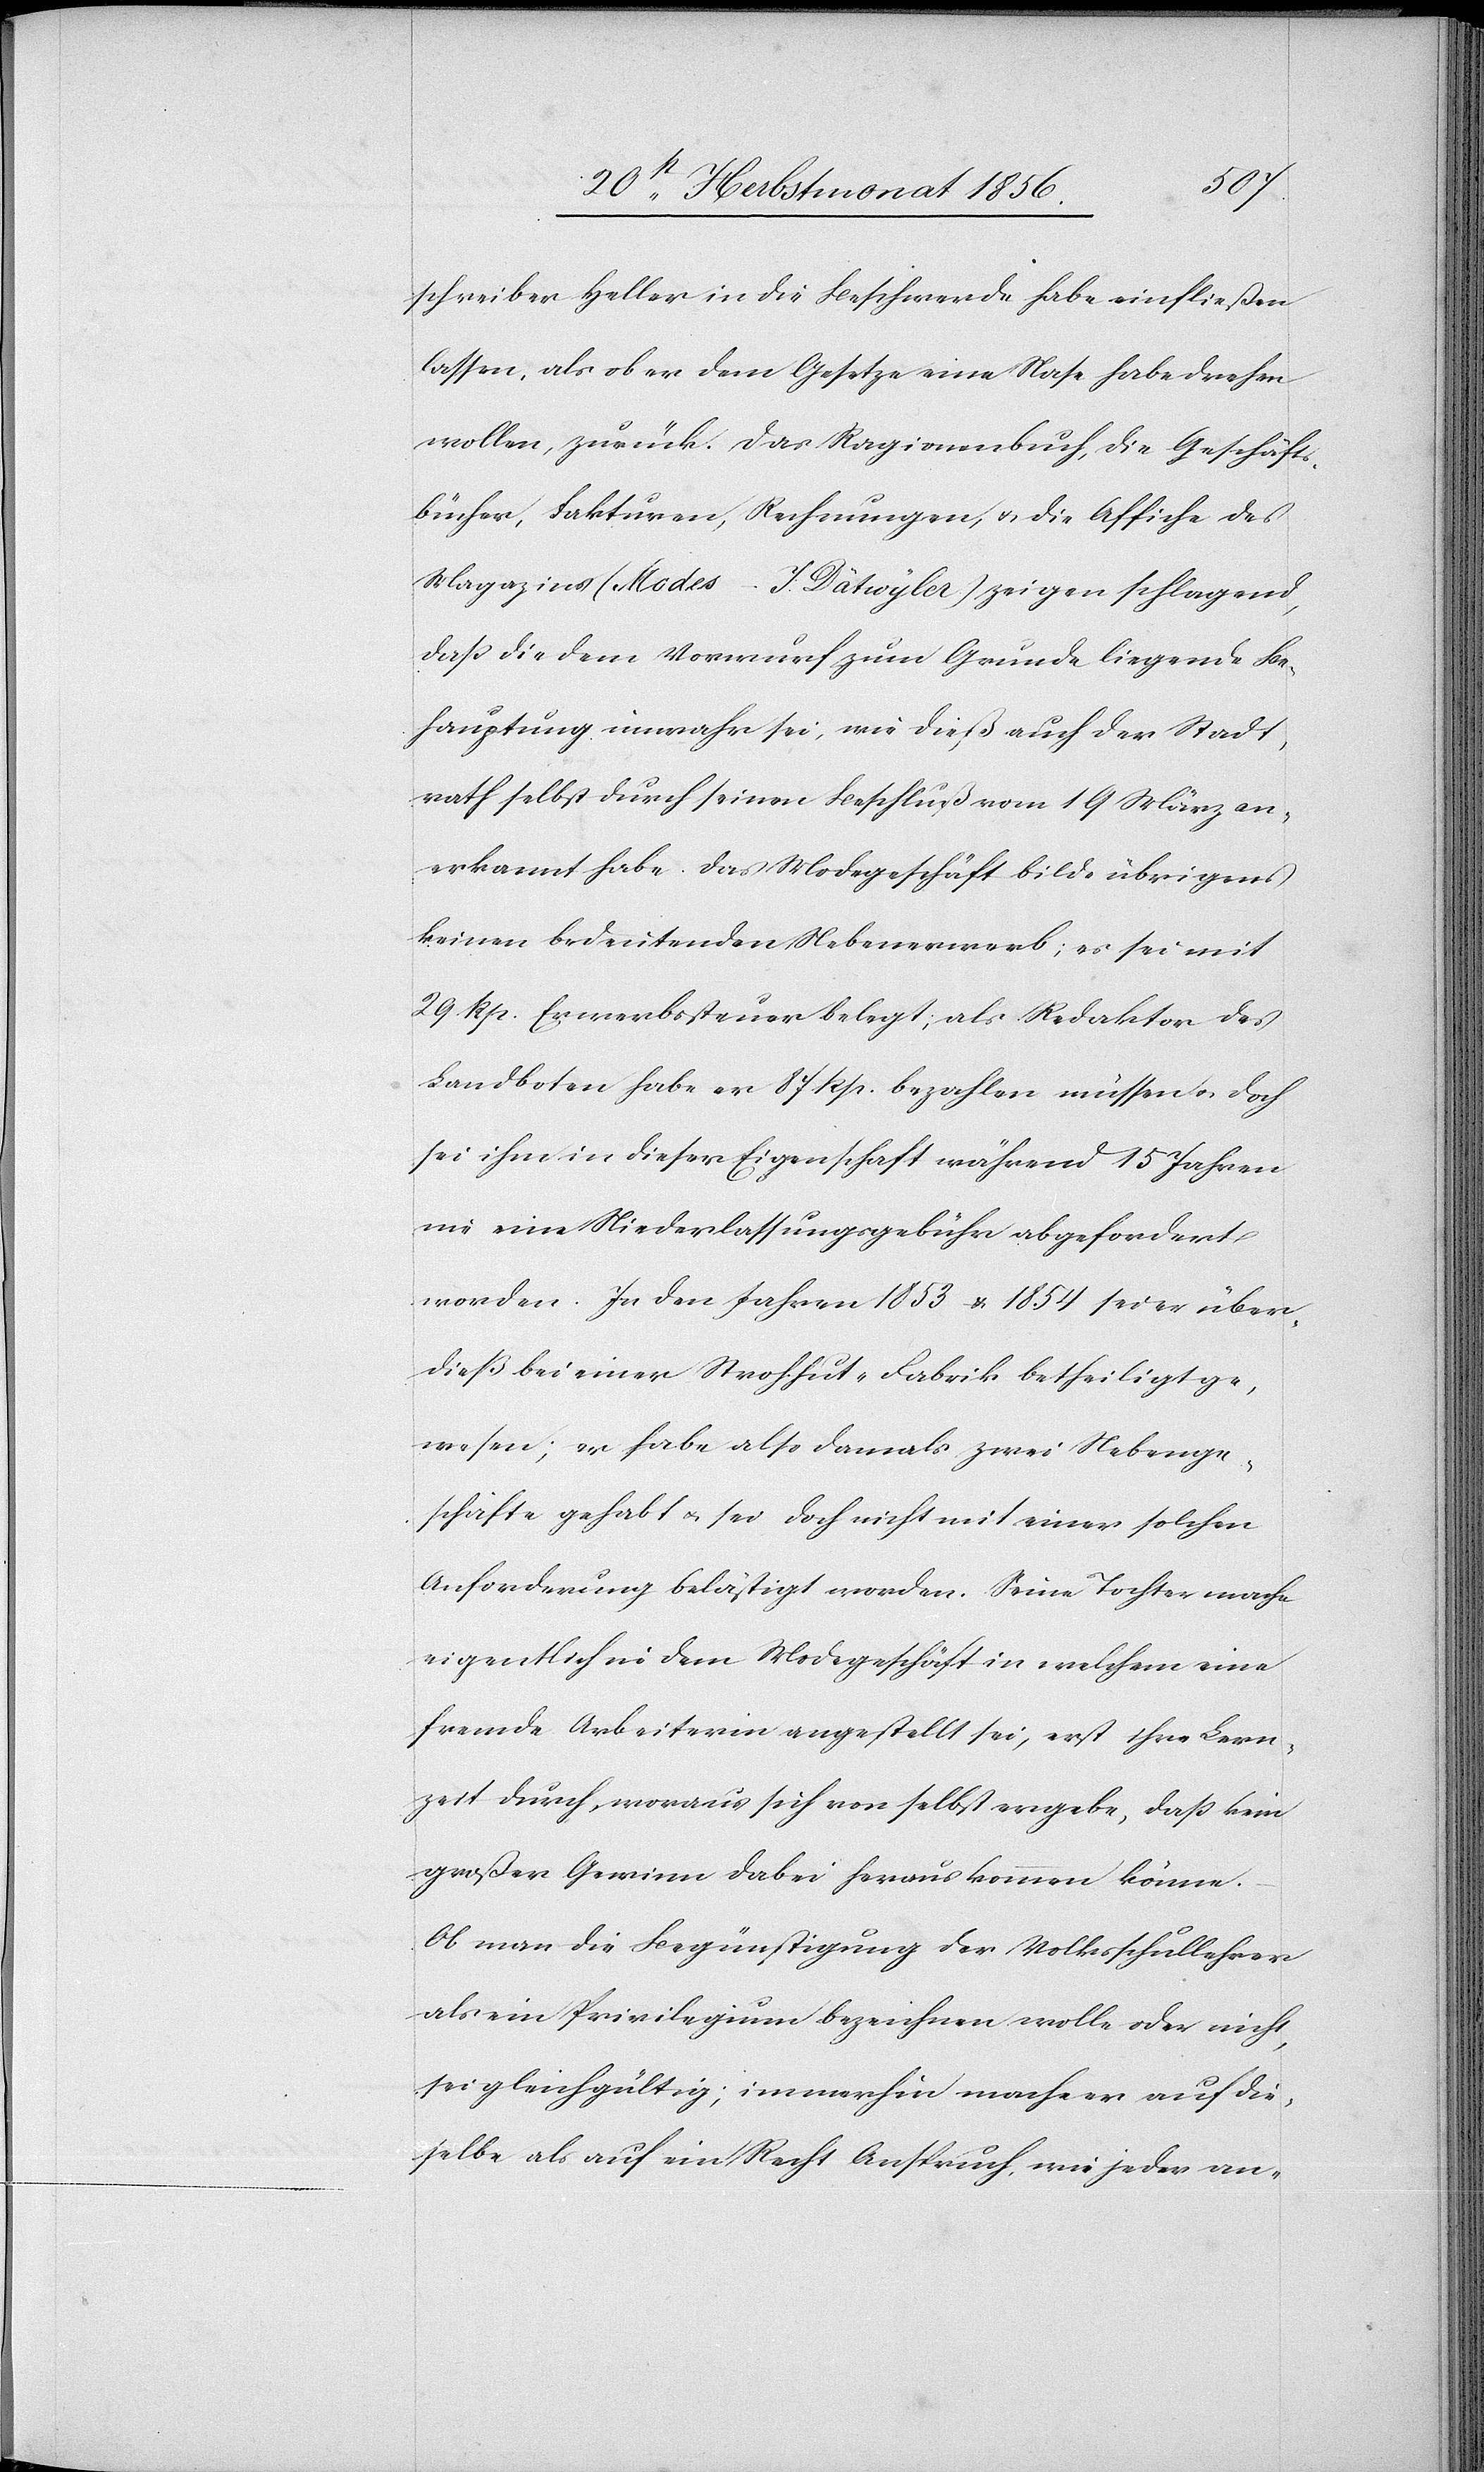
schreiber Heller in die Beschwerde habe einfließen
lassen, als ob er dem Gesetze eine Nase habe drehen
wollen, zurück. Das Ragionenbuch, die Geschäfts¬
bücher, Fakturen, Rechnungen, u. die Affiche des
Magazins (Modes – J. Dätwyler) zeigen schlagend,
dass die dem Vorwurf zum Grunde liegende Be¬
hauptung unwahr sei, wie dieß auch der Stadt¬
rath selbst durch seinen Beschluß vom 19 März an¬
erkannt habe. Das Modegeschäft bilde übrigens
keinen bedeutenden Nebenerwerb; es sei mit
29 Rp. Erwerbssteuer belegt; als Redaktor des
Landboten habe er 87 Rp. bezahlen müssen u. doch
sei ihm in dieser Eigenschaft während 15 Jahren
nie eine Niederlassungsgebühr abgefordert
worden. In den Jahren 1853 & 1854 sei er über¬
dieß bei einer Strohhut-Fabrik betheiligt ge¬
wesen; er habe also damals zwei Nebenge¬
schäfte gehabt u. sei doch nicht mit einer solchen
Anforderung belästigt worden. Seine Tochter mache
eigentlich in dem Modegeschäft in welchem eine
fremde Arbeiterin angestellt sei, erst ihre Lern¬
zeit durch, woraus sich von selbst ergebe, dass kein
großer Gewinn dabei herauskommen könne.
Ob man die Begünstigung der Volksschullehrer
als ein Privilegium bezeichnen wolle oder nicht,
sei gleichgültig; immerhin mache er auf die¬
selbe als auf ein Recht Anspruch, wie jeder an-